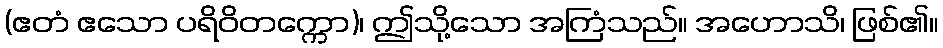
(ဧတံ ဧသော ပရိဝိတက္ကော)၊ ဤသို့သော အကြံသည်။ အဟောသိ၊ ဖြစ်၏။